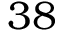
3 8